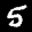
Label: 5